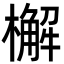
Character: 檞